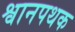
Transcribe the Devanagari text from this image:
श्वानपथक